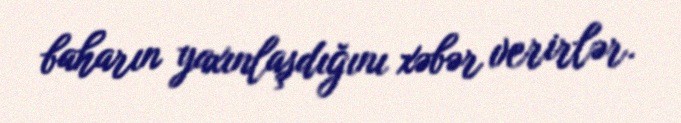
baharın yaxınlaşdığını xəbər verirlər.